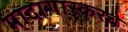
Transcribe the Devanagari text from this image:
मादागास्करचे